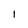
Character: l